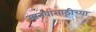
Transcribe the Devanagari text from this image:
मानवांसाठीच्या